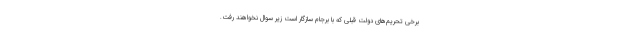
برخی تحریم‌های دولت قبلی که با برجام سازگار است زیر سوال نخواهند رفت.